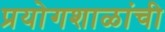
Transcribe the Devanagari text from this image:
प्रयोगशाळांची